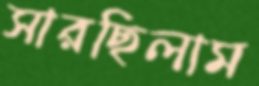
সারছিলাম